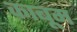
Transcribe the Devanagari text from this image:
काबूम